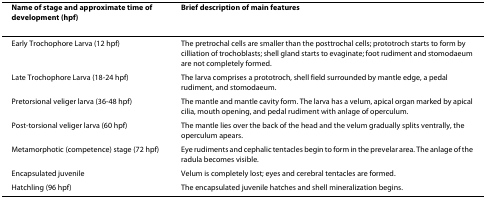
| Name of stage and approximate time of development (hpf) | Brief description of main features |
 | --- | --- |
 | Early Trochophore Larva (12 hpf) | The pretrochal cells are smaller than the posttrochal cells; prototroch starts to form by cilliation of trochoblasts; shell gland starts to evaginate; foot rudiment and stomodaeum are not completely formed. |
 | Late Trochophore Larva (18-24 hpf) | The larva comprises a prototroch, shell field surrounded by mantle edge, a pedal rudiment, and stomodaeum. |
 | Pretorsional veliger larva (36-48 hpf) | The mantle and mantle cavity form. The larva has a velum, apical organ marked by apical cilia, mouth opening, and pedal rudiment with anlage of operculum. |
 | Post-torsional veliger larva (60 hpf) | The mantle lies over the back of the head and the velum gradually splits ventrally, the operculum apears. |
 | Metamorphotic (competence) stage (72 hpf) | Eye rudiments and cephalic tentacles begin to form in the prevelar area. The anlage of the radula becomes visible. |
 | Encapsulated juvenile | Velum is completely lost; eyes and cerebral tentacles are formed. |
 | Hatchling (96 hpf) | The encapsulated juvenile hatches and shell mineralization begins. |